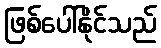
ဖြစ်ပေါ်နိုင်သည်